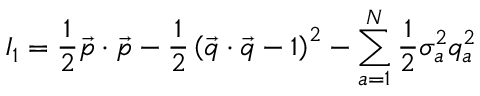
I _ { 1 } = \frac { 1 } { 2 } \vec { p } \cdot \vec { p } - \frac { 1 } { 2 } \left( \vec { q } \cdot \vec { q } - 1 \right) ^ { 2 } - \sum _ { a = 1 } ^ { N } \frac { 1 } { 2 } \sigma _ { a } ^ { 2 } q _ { a } ^ { 2 }